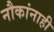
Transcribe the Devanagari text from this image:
नौकांनाही